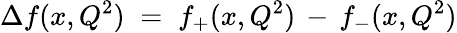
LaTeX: \Delta f(x,Q^{2})\; =\; f_{+}(x,Q^{2})\, -\, f_{-}(x,Q^{2})